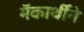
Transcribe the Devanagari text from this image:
मॅकार्थीने